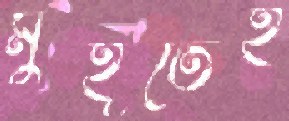
মুর্হূতেই